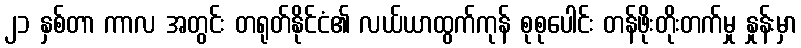
၂၁ နှစ်တာ ကာလ အတွင်း တရုတ်နိုင်ငံ၏ လယ်ယာထွက်ကုန် စုစုပေါင်း တန်ဖိုးတိုးတက်မှု နှုန်းမှာ